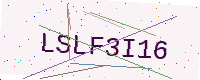
Text: LSLF3I16